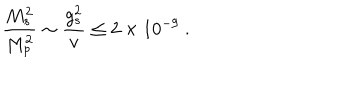
LaTeX: { \frac { M _ { s } ^ { 2 } } { M _ { p } ^ { 2 } } } \sim { \frac { g _ { s } ^ { 2 } } { v } } \leq 2 \times 1 0 ^ { - 9 } \ .